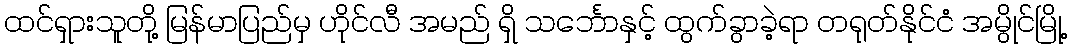
ထင်ရှားသူတို့ မြန်မာပြည်မှ ဟိုင်လီ အမည် ရှိ သင်္ဘောနှင့် ထွက်ခွာခဲ့ရာ တရုတ်နိုင်ငံ အမွိုင်မြို့